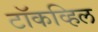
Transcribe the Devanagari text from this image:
टॉकव्हिल